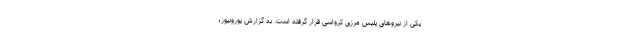
یکی از نیروهای پلیس مرزی کرواسی قرار گرفته است. به گزارش یورونیوز؛